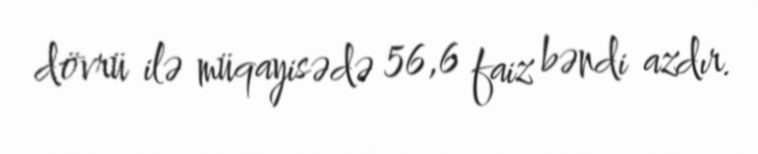
dövrü ilə müqayisədə 56,6 faiz bəndi azdır.